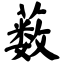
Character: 薮